Cholera in southern India
Disease focus: Cholera
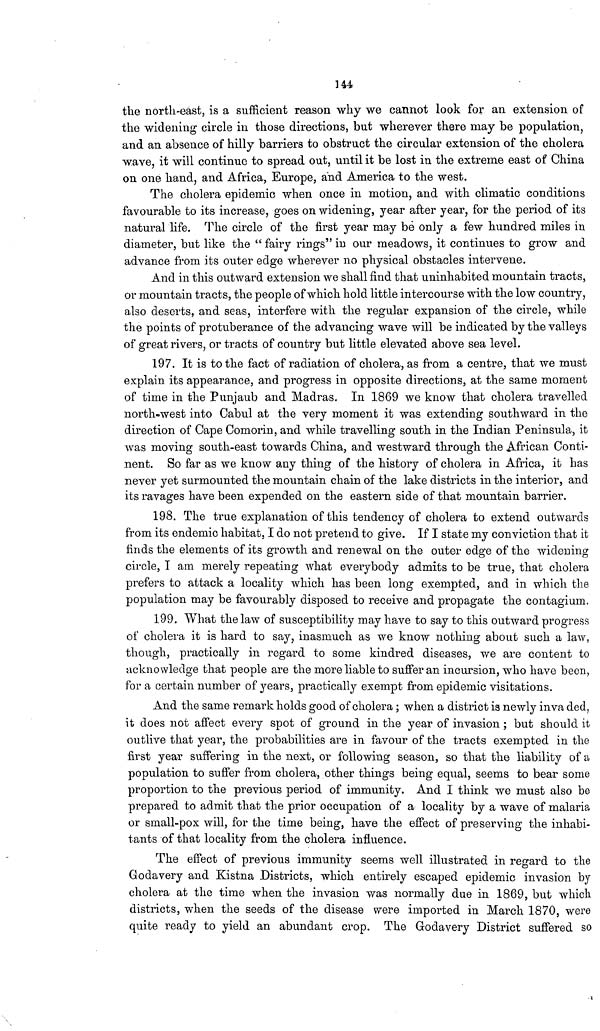
144
the north-east, is a sufficient reason why we cannot look for an extension of
the widening circle in those directions, but wherever there may be population,
and an absence of hilly barriers to obstruct the circular extension of the cholera
wave, it will continue to spread out, until it be lost in the extreme east of China
on one hand, and Africa, Europe, and America to the west.
The cholera epidemic when once in motion, and with climatic conditions
favourable to its increase, goes on widening, year after year, for the period of its
natural life. The circle of the first year may be only a few hundred miles in
diameter, but like the " fairy rings" in our meadows, it continues to grow and
advance from its outer edge wherever no physical obstacles intervene.
And in this outward extension we shall find that uninhabited mountain tracts,
or mountain tracts, the people of which hold little intercourse with the low country,
also deserts, and seas, interfere with the regular expansion of the circle, while
the points of protuberance of the advancing wave will be indicated by the valleys
of great rivers, or tracts of country but little elevated above sea level.
197. It is to the fact of radiation of cholera, as from a centre, that we must
explain its appearance, and progress in opposite directions, at the same moment
of time in the Punjaub and Madras. In 1869 we know that cholera travelled
north-west into Cabul at the very moment it was extending southward in the
direction of Cape Comorin, and while travelling south in the Indian Peninsula, it
was moving south-east towards China, and westward through the African Conti-
nent. So far as we know any thing of the history of cholera in Africa, it has
never yet surmounted the mountain chain of the lake districts in the interior, and
its ravages have been expended on the eastern side of that mountain barrier.
198. The true explanation of this tendency of cholera to extend outwards
from its endemic habitat, I do not pretend to give. If I state my conviction that it
finds the elements of its growth and renewal on the outer edge of the widening
circle, I am merely repeating what everybody admits to be true, that cholera
prefers to attack a locality which has been long exempted, and in which the
population may be favourably disposed to receive and propagate the contagium.
199. What the law of susceptibility may have to say to this outward progress
of cholera it is hard to say, inasmuch as we know nothing about such a law,
though, practically in regard to some kindred diseases, we are content to
acknowledge that people are the more liable to suffer an incursion, who have been,
for a certain number of years, practically exempt from epidemic visitations.
And the same remark holds good of cholera ; when a district is newly in va ded,
it does not affect every spot of ground in the year of invasion ; but should it
outlive that year, the probabilities are in favour of the tracts exempted in the
first year suffering in the next, or following season, so that the liability of a
population to suffer from cholera, other things being equal, seems to bear some
proportion to the previous period of immunity. And I think we must also be
prepared to admit that the prior occupation of a locality by a wave of malaria
or small-pox will, for the time being, have the effect of preserving the inhabi-
tants of that locality from the cholera influence.
The effect of previous immunity seems well illustrated in regard to the
Godavery and Kistna Districts, which entirely escaped epidemic invasion by
cholera at the time when the invasion was normally due in 1869, but which
districts, when the seeds of the disease were imported in March 1870, were
quite ready to yield an abundant crop. The Godavery District suffered so